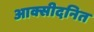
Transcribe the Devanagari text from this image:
आक्सीदनित